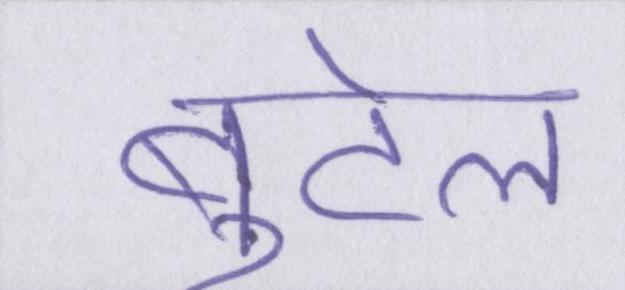
बुटेल